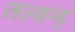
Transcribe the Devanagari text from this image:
तत्वम्